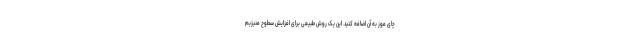
چای موز به آن اضافه کنید. این یک روش طبیعی برای افزایش سطوح منیزیم